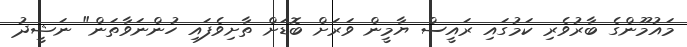
މައުމޫންގެ ބާރުވެރި ކަމުގައި ރައީސް ޔާމީން ވަރަށް ބޮޑަށް ތާށިވެފައި ހުންނަވާތަން" ނަޝީދު